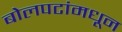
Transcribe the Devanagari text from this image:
बोलपटांमधून